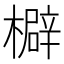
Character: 檘